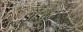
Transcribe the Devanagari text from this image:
डॉइचटाउन